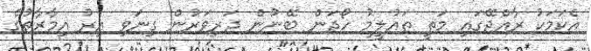
އެކަމަކު ރާއްޖޭގައި މަތީ ތައުލީމު ހޯދަން ބޭނުން ދަރިވަރުން ގިނަވި އިރު އިމާރާތުގެ